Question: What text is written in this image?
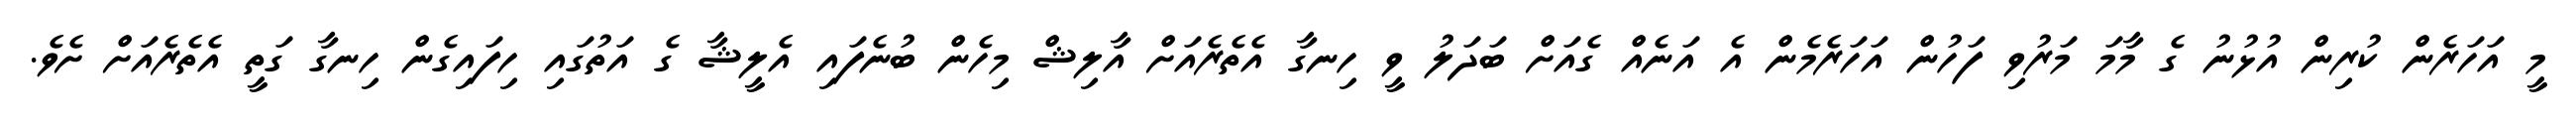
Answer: މީ އަހަރެން ކުރިން އުޅުނު ގެ މާމަ މަރުވި ފަހުން އަހަރެމެން އެ އަނެއް ގެއަށް ބަދަލު ވީ ހިނގާ އެތެރެއަށް އާލިޝް މިހެން ބުނެފައި އެލީޝާ ގެ އަތުގައި ހިފައިގެން ހިނގާ ގަތީ އެތެރެއަށް ށެވެ.